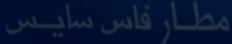
مطار فاس سايس